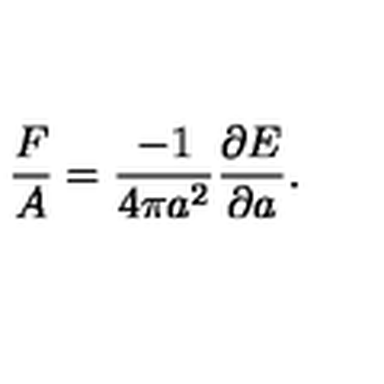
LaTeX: \frac { F } { A } = \frac { - 1 } { 4 \pi a ^ { 2 } } \frac { \partial E } { \partial a } .